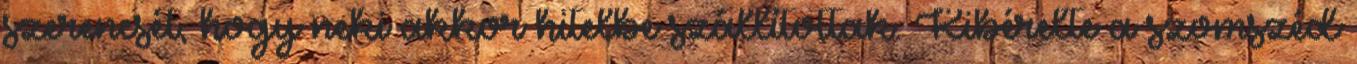
szerencsét, hogy neki akkor hitelbe szállítottak. Kibérelte a szomszéd